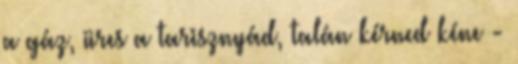
a gáz, üres a tarisznyád, talán kérned kéne -